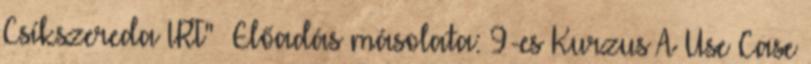
Csíkszereda IRT"— Előadás másolata: 9-es Kurzus A Use Case